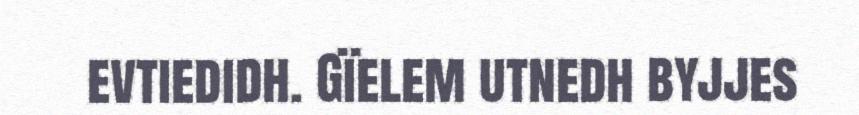
evtiedidh. Gïelem utnedh byjjes